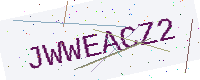
Text: JWWEACZ2